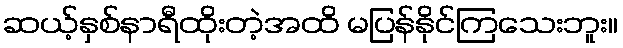
ဆယ့်နှစ်နာရီထိုးတဲ့အထိ မပြန်နိုင်ကြသေးဘူး။